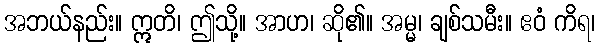
အဘယ်နည်း။ ဣတိ၊ ဤသို့။ အာဟ၊ ဆို၏။ အမ္မ၊ ချစ်သမီး။ ဧဝံ ကိရ၊